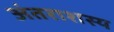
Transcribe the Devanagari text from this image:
अंतराशस्य